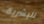
للبشرية